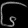
Digit: ၆